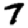
Digit: 7